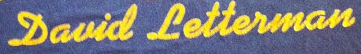
Dauid Letteiman